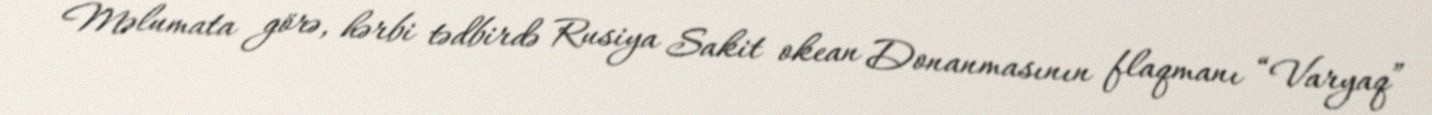
Məlumata görə, hərbi tədbirdə Rusiya Sakit okean Donanmasının flaqmanı “Varyaq”